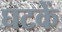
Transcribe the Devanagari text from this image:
घटकें